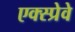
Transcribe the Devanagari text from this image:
एक्स्प्रेवे